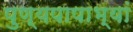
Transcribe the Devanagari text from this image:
पुण्यपापाभ्यां